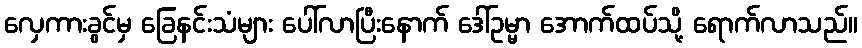
လှေကားခွင်မှ ခြေနင်းသံများ ပေါ်လာပြီးနောက် ဒေါ်ဥမ္မာ အောက်ထပ်သို့ ရောက်လာသည်။